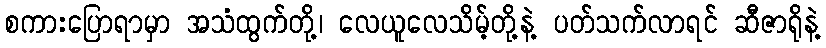
စကားပြောရာမှာ အသံထွက်တို့၊ လေယူလေသိမ့်တို့နဲ့ ပတ်သက်လာရင် ဆီဇာရိုနဲ့